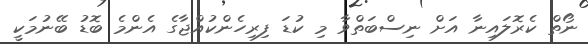
ނޯތް ކެރޮލައިނާ އަށް ނިސްބަތްވާ މި ކުޑަ ފިރިހެންކުއްޖާގެ އެންމެ ބޮޑު ބޭނުމަކީ